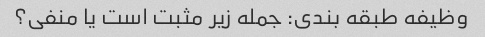
وظیفه طبقه بندی: جمله زیر مثبت است یا منفی؟